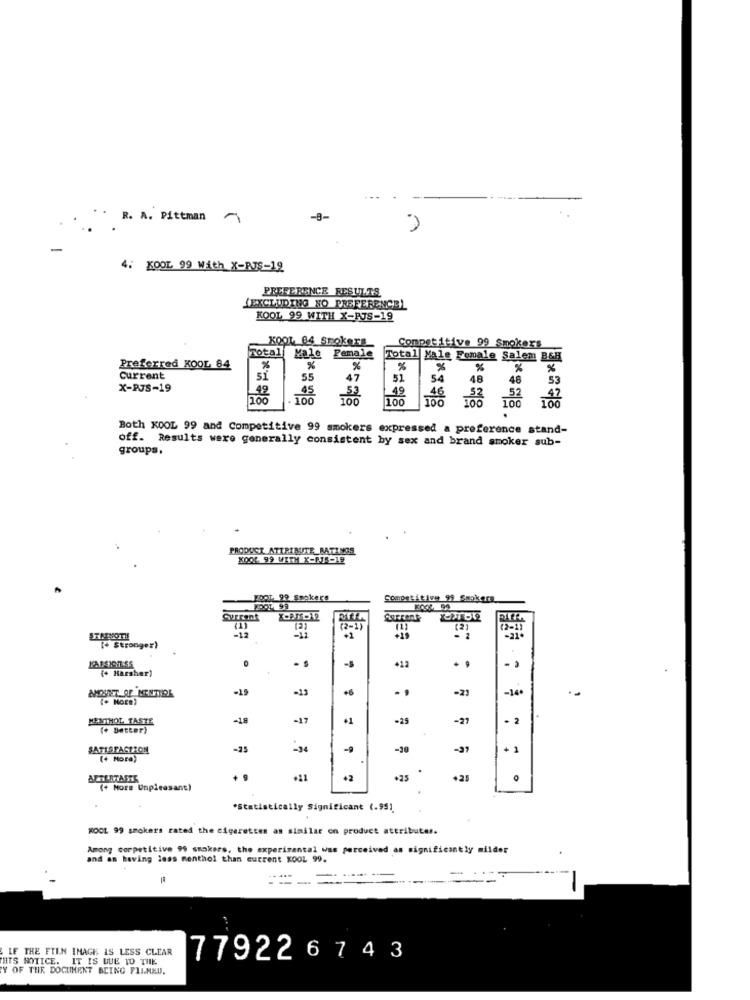
R. A. Pittman
-
4. KOOL 99 With X-RJS-19
PREFERENCE RESULTS
(EXCLUDING NO PREFERENCE)
KOOL 99 WITH X-RJS-19
KOOL 4 Smokers
Competitive 99 Smokers
Total
Female
Male
Total Male Female Salem B&H
Preferred KOOL 84
%
%
%
%
%
%
%
Current
51
55
47
51
54
48
48
53
X-PJS-19
45
49
100
100
100
100
.
Both KOOL 99 and Competitive 99 smokers expressed a preference stand-
off. Results were generally consistent by sex and brand smoker sub-
groups,
PRODUCT ATTRIBUTE_RATINGS
KOOK 99 WITH X-PTS-19
MORT. 99 Spokers
Competitive 99 Smokers
2001 99
Surrant
(2-1)
(2-1)
-12
[ Stronger)
+12
{ Harsher)
- 3
-19
-13
-22
AMOUNT OF MENTIRE
-16
MENTHOL TASTE
-17
·1
-25
-27
(+ Detter)
SATISFACTION
-25
-34
-39
-37
(+ More)
.
ALTERTASKS
+11
+2
.25
+25
(+ More Unpleasant)
*Statistically Significant (.991
KOOL 99 smokers rated the cigarettes as similar on product attributer.
Among corpetitive 99 smokers, the experimental was perceived as significantly milder
and as having less menthol than current KOOL 99.
-
IF THE FTEN IMAGE IS LESS CLEAR
HTS MOTICE. IT IS WUE TO THE
779226743
Y OF THE DOCUMENT BEING FILMED.